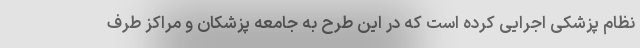
نظام پزشکی اجرایی کرده است که در این طرح به جامعه پزشکان و مراکز طرف